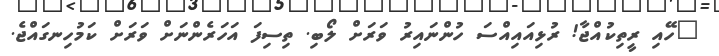
"ހޭއި ރީތިކުއްޖާ! ރުޅިއައިއްސަ ހުންނައިރު ވަރަށް ލޯބި. ތިސިފަ އަހަރެންނަށް ވަރަށް ކަމުހިނގައްޖެ.